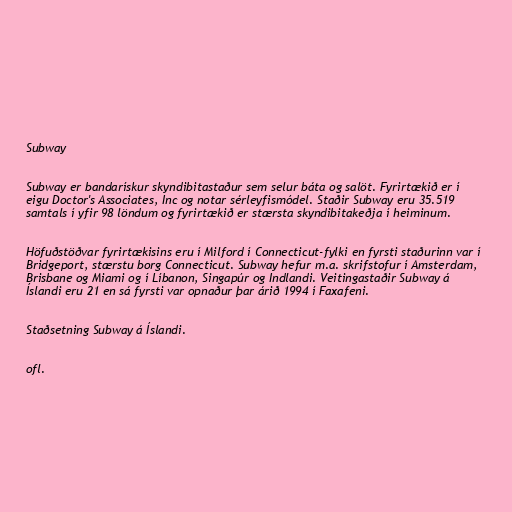
Subway

Subway er bandarískur skyndibitastaður sem selur báta og salöt. Fyrirtækið er í
eigu Doctor's Associates, Inc og notar sérleyfismódel. Staðir Subway eru 35.519
samtals í yfir 98 löndum og fyrirtækið er stærsta skyndibitakeðja í heiminum.

Höfuðstöðvar fyrirtækisins eru í Milford í Connecticut-fylki en fyrsti staðurinn var í
Bridgeport, stærstu borg Connecticut. Subway hefur m.a. skrifstofur í Amsterdam,
Brisbane og Miami og í Líbanon, Singapúr og Indlandi. Veitingastaðir Subway á
Íslandi eru 21 en sá fyrsti var opnaður þar árið 1994 í Faxafeni.

Staðsetning Subway á Íslandi.

ofl.